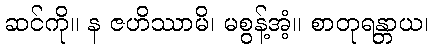
ဆင်ကို။ န ဇဟိဿာမိ၊ မစွန့်အံ့။ စာတုရန္တာယ၊